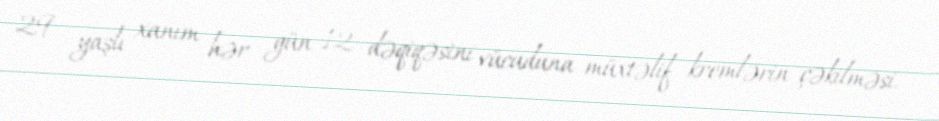
29 yaşlı xanım hər gün 12 dəqiqəsini vücuduna müxtəlif kremlərin çəkilməsi,